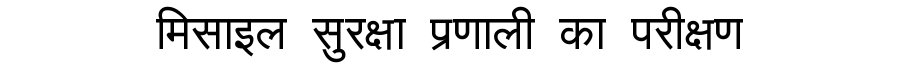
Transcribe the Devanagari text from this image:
मिसाइल सुरक्षा प्रणाली का परीक्षण